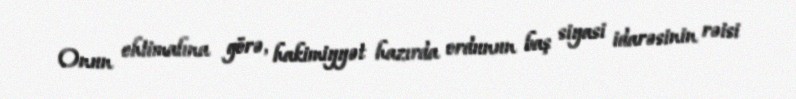
Onun ehtimalına görə, hakimiyyət hazırda ordunun baş siyasi idarəsinin rəisi